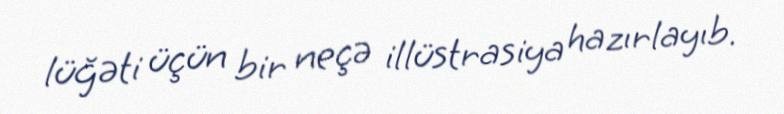
lüğəti üçün bir neçə illüstrasiya hazırlayıb.